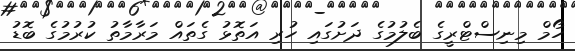
ހޯމް މިނިސްޓްރީގެ ބެލުމުގެ ދަށުގައި ހުރި އަތޮޅު ގެތައް މަރާމާތު ކުރުމުގެ ބޮޑު